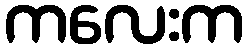
ကလေးက